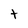
Character: t